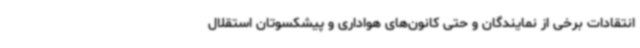
انتقادات برخی از نمایندگان و حتی کانون‌های هواداری و پیشکسوتان استقلال